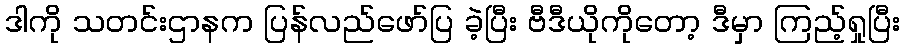
ဒါကို သတင်းဌာနက ပြန်လည်ဖော်ပြ ခဲ့ပြီး ဗီဒီယိုကိုတော့ ဒီမှာ ကြည့်ရှုပြီး